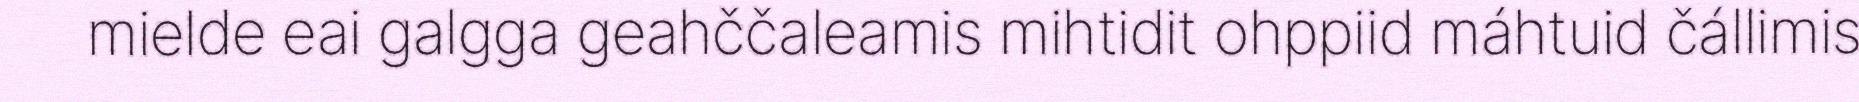
mielde eai galgga geahččaleamis mihtidit ohppiid máhtuid čállimis